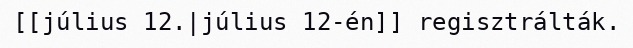
[[július 12.|július 12-én]] regisztrálták.